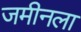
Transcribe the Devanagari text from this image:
जमीनला